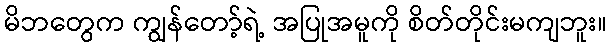
မိဘတွေက ကျွန်တော့်ရဲ့ အပြုအမူကို စိတ်တိုင်းမကျဘူး။